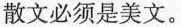
散文必须是美文。